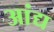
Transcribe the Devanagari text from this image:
आंद्य